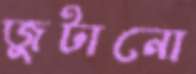
জুটানো